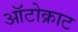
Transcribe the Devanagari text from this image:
ऑटोक्राट